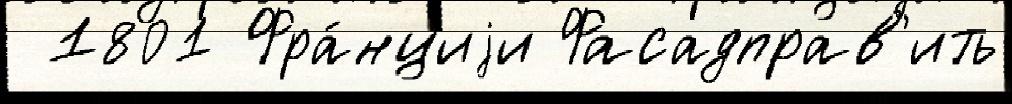
 1801 Фра́нциjи Фасадправ'ить